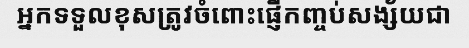
អ្នកទទួលខុសត្រូវចំពោះផ្ញើកញ្ចប់សង្ស័យជា